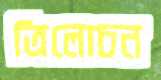
ত্রিলোচন